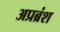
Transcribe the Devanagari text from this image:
अप्रब्रंश